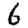
Digit: 6